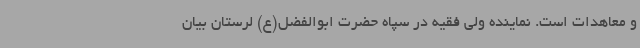
و معاهدات است. نماینده ولی فقیه در سپاه حضرت ابوالفضل(ع) لرستان بیان